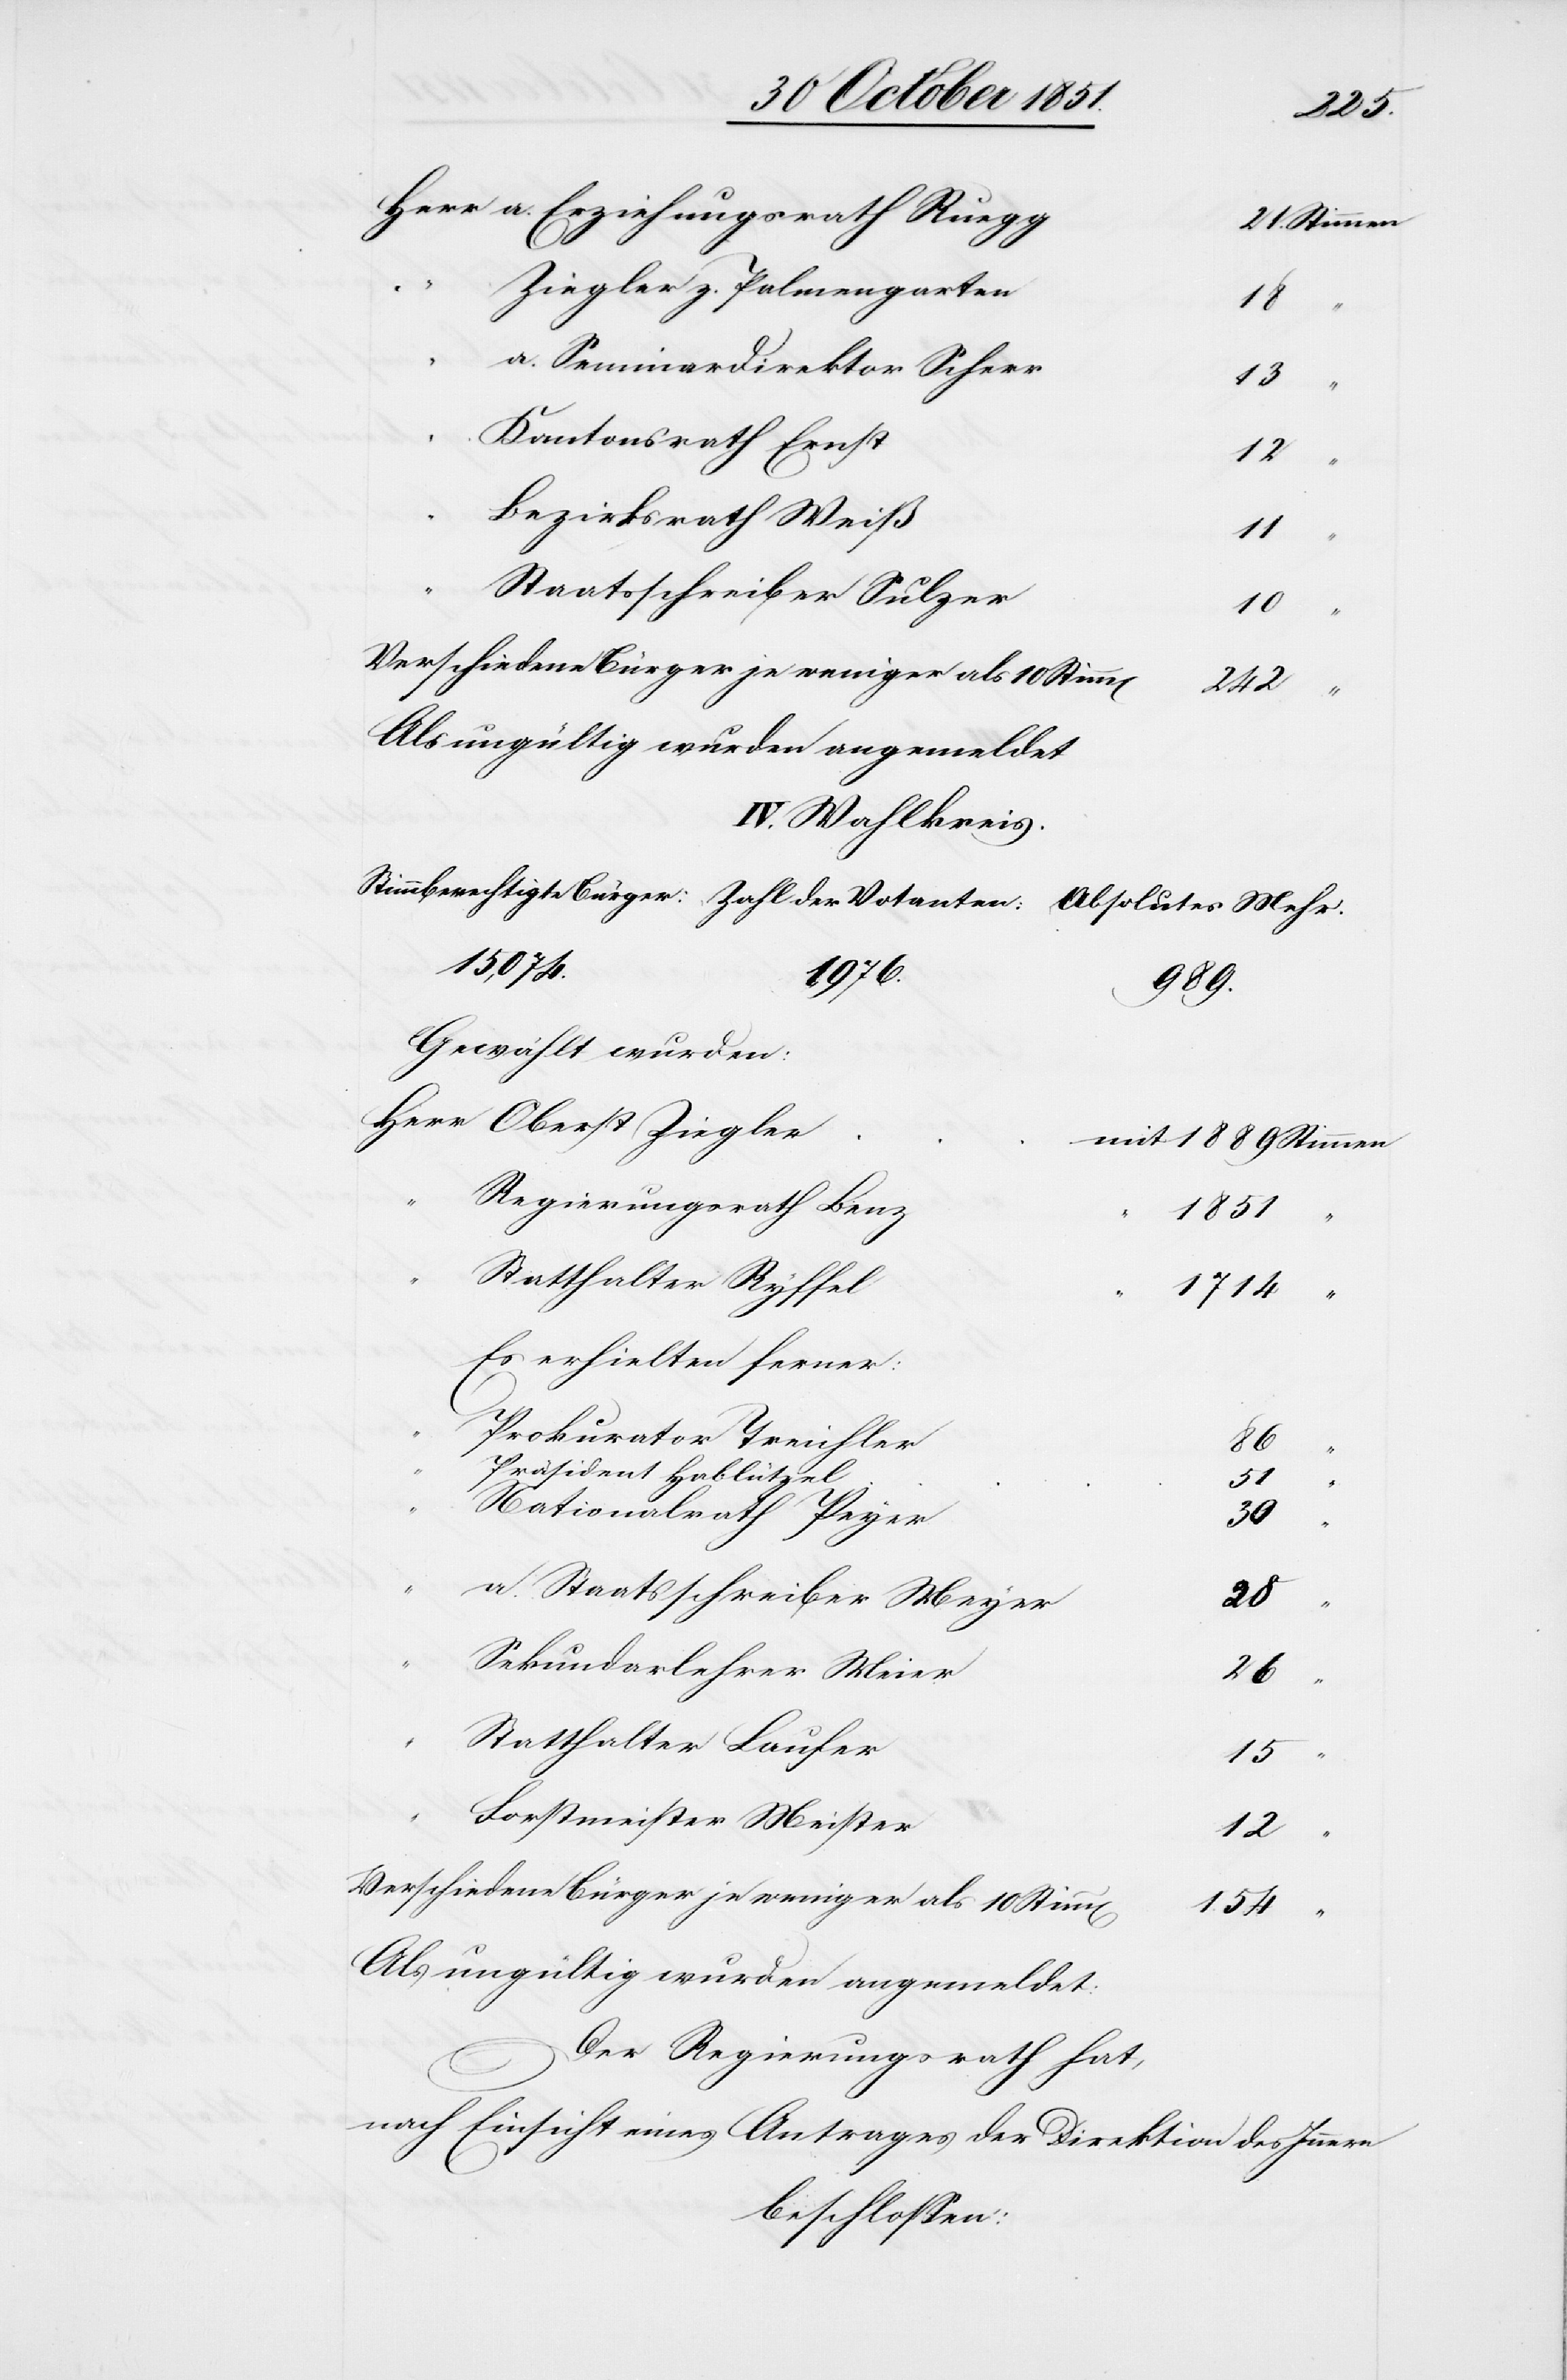
a. Erziehungsrath Ruegg
Ziegler z. Palmengarten
18
a. Seminardirektor Scherr
13
Kantonsrath Ernst
12
Bezirksrath Weiß
11
Staatsschreiber Sulzer
10
Verschiedene Bürger je weniger als 10 Stimm[en]
Oberst
Als ungültig wurden angemeldet
IV. Wahlkreis.
15,074.
mit
1889
Gewählt wurden:
Regierungsrath Benz
1851
Statthalter Ryffel
1714
Es erhielten ferner:
Prokurator Treichler
86
Präsident Hablützel
51
Nationalrath Peyer
30
a. Staatsschreiber Meyer
28
Sekundarlehrer Meier
26
Statthalter Laufer
15
Forstmeister Meister
12
der
154
“
Als ungültig wurden angemeldet:
Der Regierungsrath hat,
nach Einsicht eines Antrages der Direktion des Innern
beschlossen: